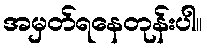
အမှတ်ရနေတုန်းပါ။